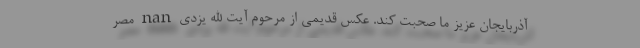
آذربایجان عزیز ما صحبت کند. عکس قدیمی از مرحوم آیت الله یزدی nan مصر